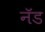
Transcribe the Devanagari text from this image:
नॅड